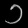
Digit: ၁